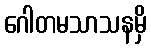
ဂေါတမသာသနမှိ